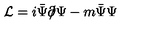
{ \cal L } = i \bar { \Psi } \partial \! \! \! / \Psi - m \bar { \Psi } \Psi